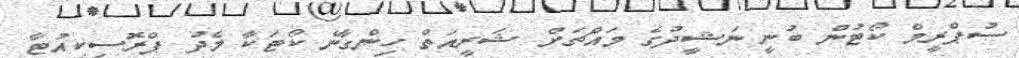
ސުޕްރީމް ކޯޓުން ބުނީ ނަޝީދުގެ މައްޗަށް ޝަރީއަތް ހިންގާނެ ކޯޓަކާ މެދު ޕްރޮސިކިއުޓާ